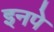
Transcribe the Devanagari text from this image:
इनपे